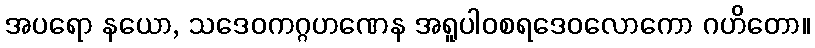
အပရော နယော, သဒေဝကဂ္ဂဟဏေန အရူပါဝစရဒေဝလောကော ဂဟိတော။